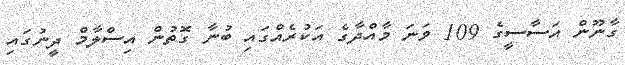
ގާނޫން އަސާސީގެ 109 ވަނަ މާއްދާގެ އަކުރެއްގައި ބުނާ ގޮތުން އިސްލާމް ދީނުގައި